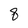
Character: 8